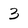
Character: 3